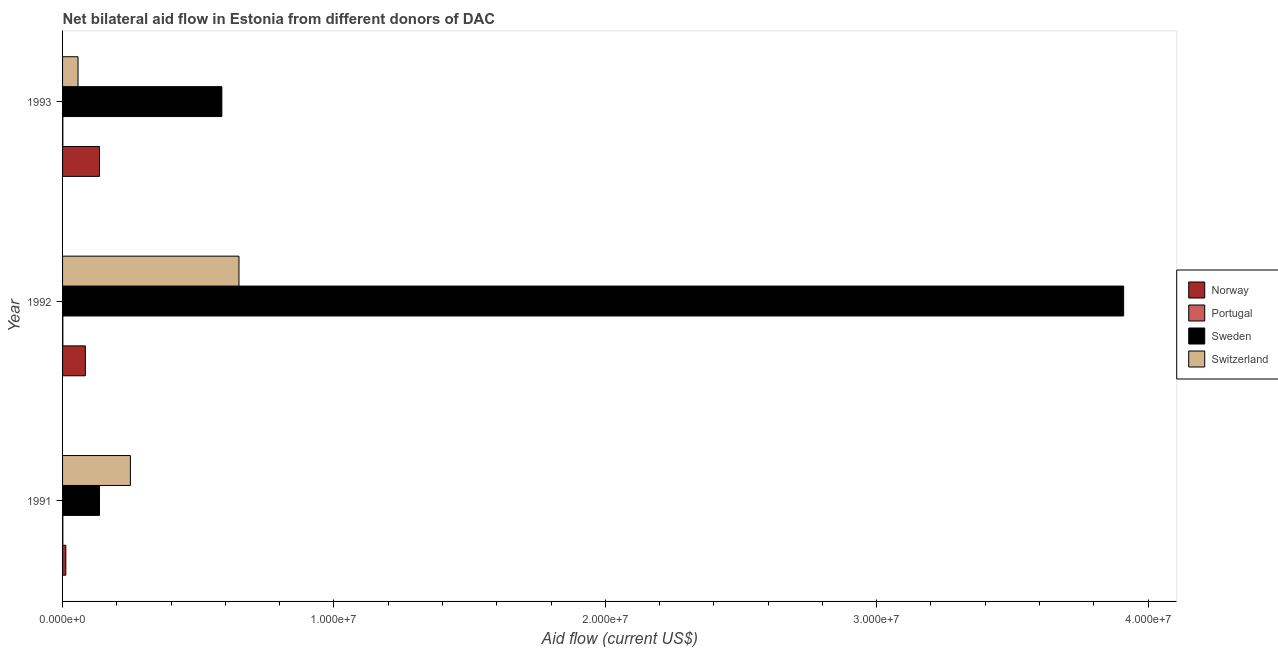
| Year | Norway | Portugal | Sweden | Switzerland |
 | --- | --- | --- | --- | --- |
 | 1991 | 1.2e+05 | 1e+04 | 1.36e+06 | 2.5e+06 |
 | 1992 | 8.4e+05 | 1e+04 | 3.91e+07 | 6.5e+06 |
 | 1993 | 1.36e+06 | 1e+04 | 5.87e+06 | 5.7e+05 |